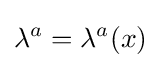
\lambda ^{a}=\lambda ^{a}(x)